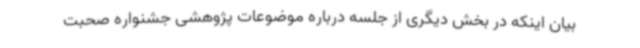
بیان اینکه در بخش دیگری از جلسه درباره موضوعات پژوهشی جشنواره صحبت